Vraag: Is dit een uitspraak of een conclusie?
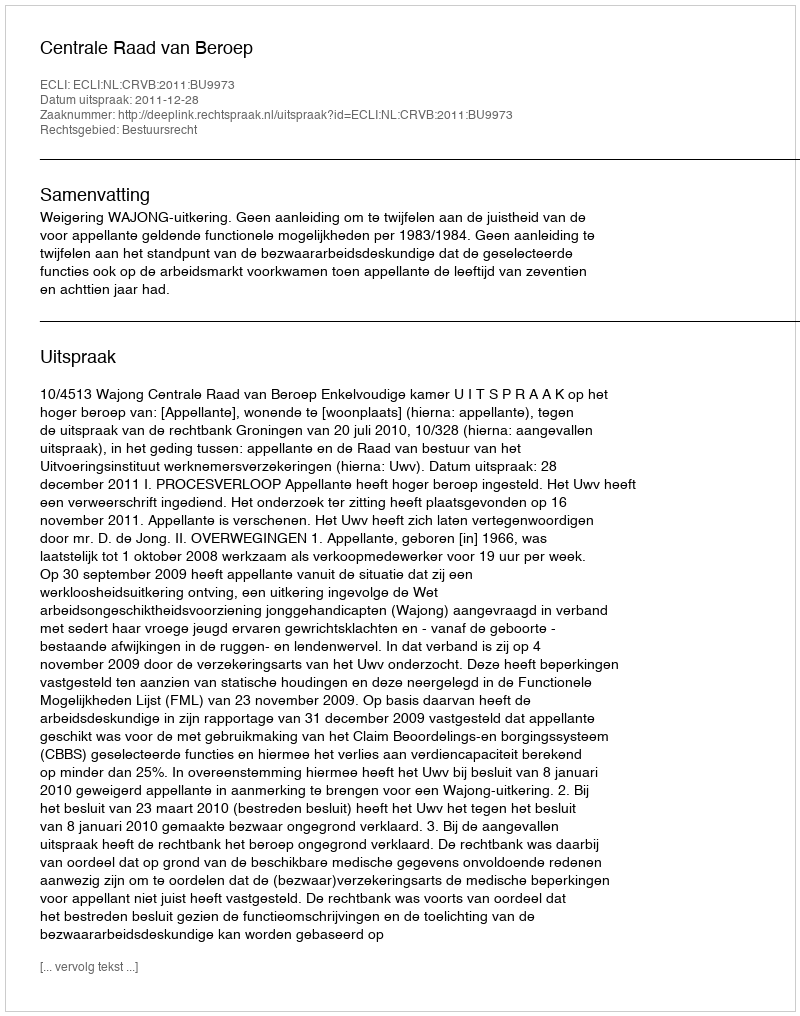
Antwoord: Uitspraak